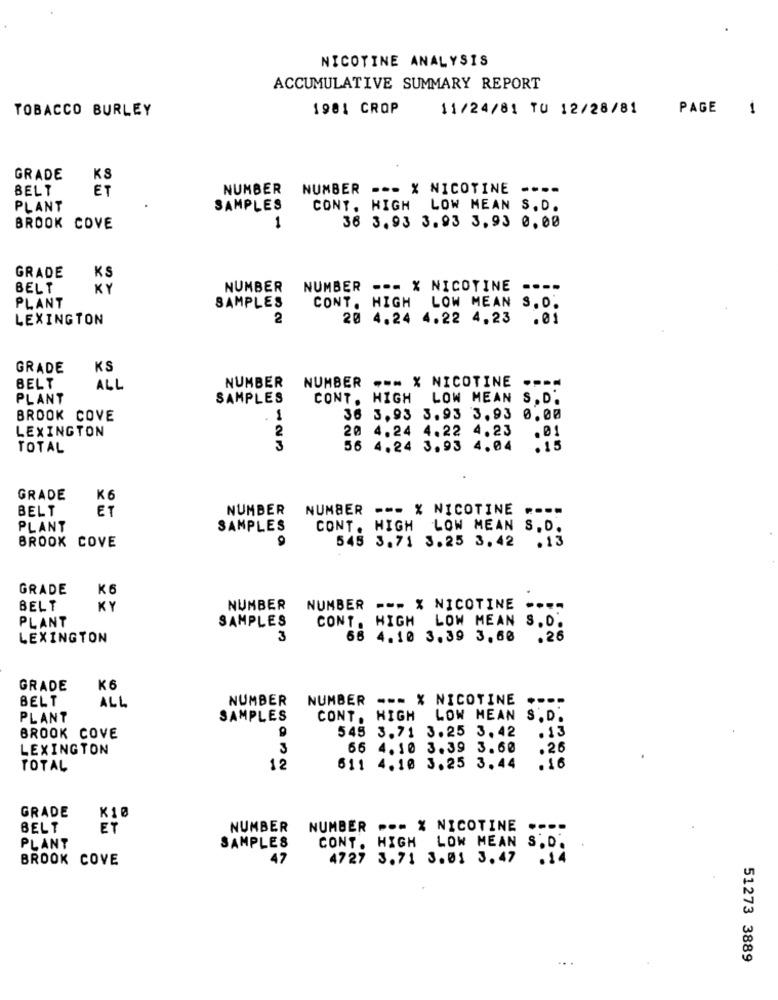
NICOTINE ANALYSIS
ACCUMULATIVE SUMMARY REPORT
TOBACCO BURLEY
1981 CROP
11/24/81 TU 12/28/81
PAGE 1
GRADE
KS
BELT
ET
NUMBER
NUMBER --- % NICOTINE ----
PLANT
SAMPLES
CONT. HIGH LOW MEAN S.D.
BROOK COVE
1
36 3.93 3.93 3.93 0.00
KS
GRADE
BELT
KY
NUMBER
NUMBER --- X NICOTINE ----
PLANT
SAMPLES
CONT. HIGH LOW MEAN S.O.
LEXINGTON
2
20 4.24 4.22 4.23 .01
GRADE
KS
NUMBER
BELT
ALL
NUMBER --- X NICOTINE ---
PLANT
SAMPLES
CONT. HIGH
LOW MEAN S. D.
BROOK COVE
. 1
36 3.93 3.93 3.93 0.00
LEXINGTON
2
20 4.24 4.22 4.23
.01
TOTAL
3
56 4.24 3.93 4.04
.15
GRADE
K6
BELT
ET
NUMBER
NUMBER --- % NICOTINE ----
PLANT
SAMPLES
CONT. HIGH LOW MEAN S.D.
BROOK COVE
545 3.71 3.25 3.42 .13
GRADE
K6
BELT
KY
NUMBER NUMBER --- % NICOTINE ----
PLANT
SAMPLES
CONT. HIGH LOW MEAN S.D.
LEXINGTON
3
68 4.10 3.39 3.60
.26
GRADE
K6
BELT
NUMBER
NUMBER --- X NICOTINE .---
ALL
PLANT
SAMPLES
CONT. HIGH LOW MEAN
S.D.
9
545 3.71 3.25 3.42
.13
BROOK COVE
LEXINGTON
3
66 4.10 3.39 3.60
.26
TOTAL
12
611 4.10 3.25 3.44
. 16
GRADE
K10
BELT
ET
NUMBER NUMBER .-- % NICOTINE
CONT. HIGH LOW MEAN
PLANT
SAMPLES
BROOK COVE
47
4727 3.71 3.01 3.47
51273 3889